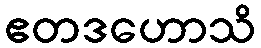
ဧတဒဟောသိ